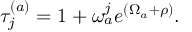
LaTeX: \tau _ { j } ^ { ( a ) } = 1 + \omega _ { a } ^ { j } e ^ { ( \Omega _ { a } + \rho ) } .